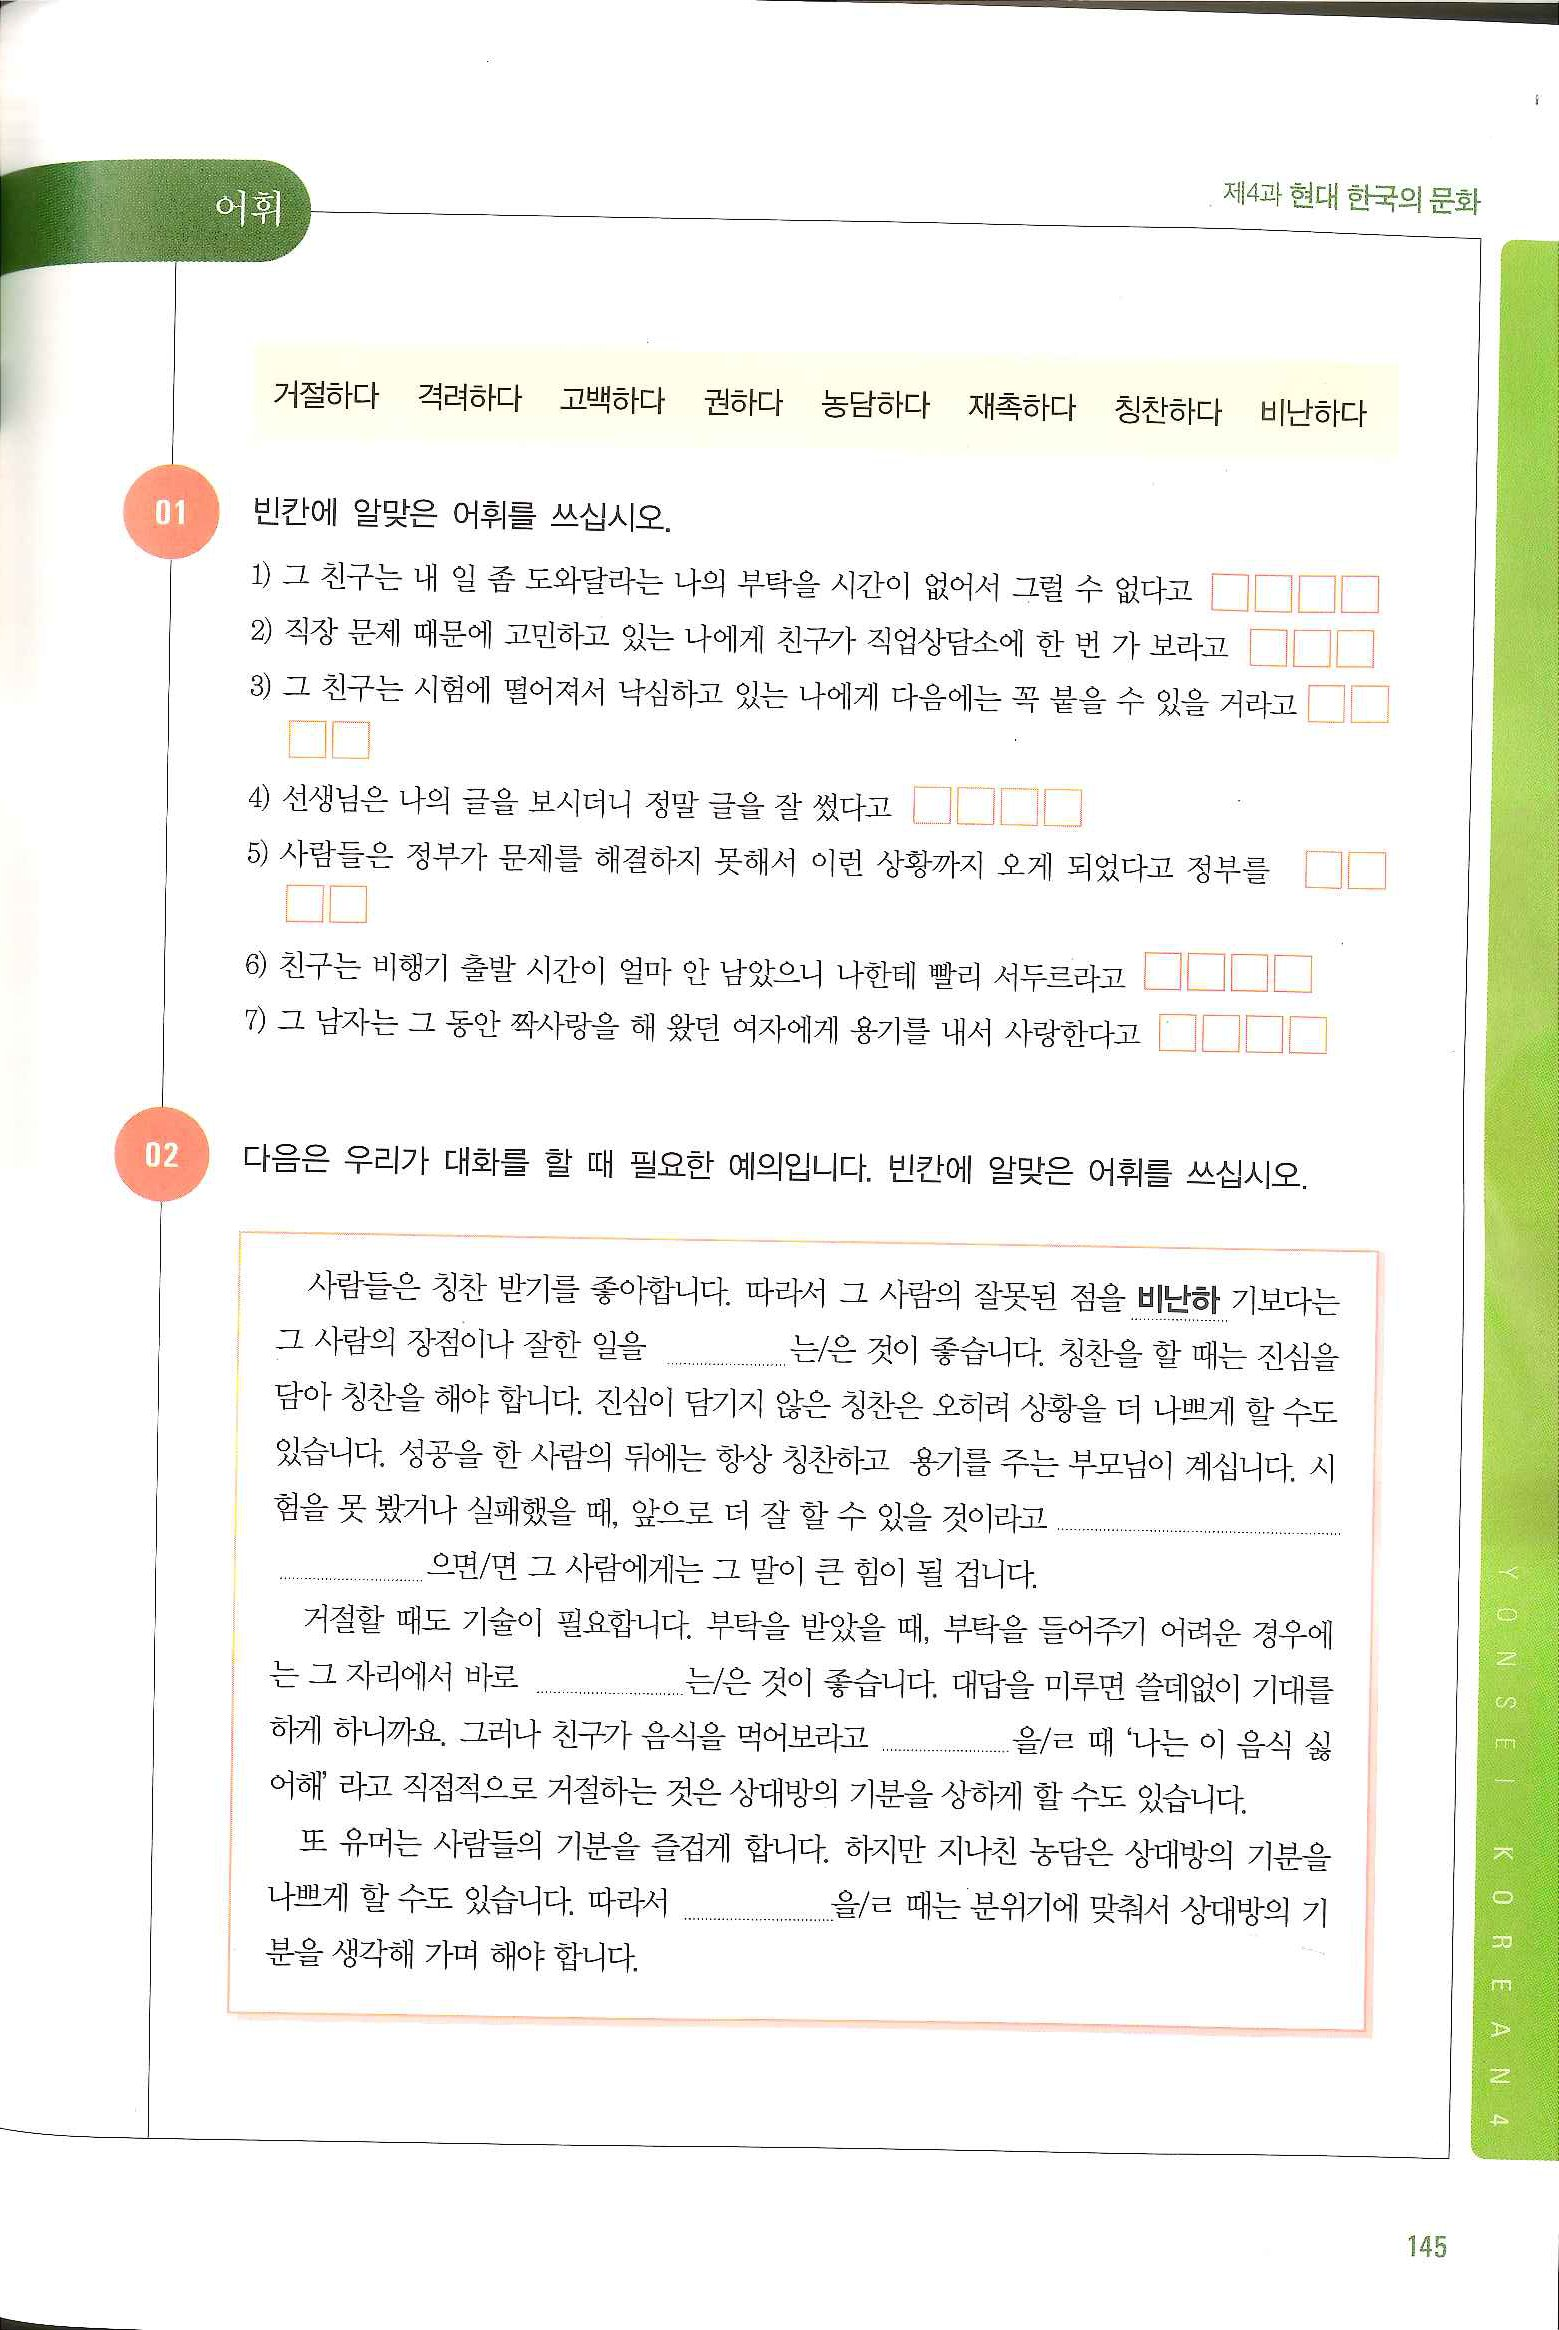
Language: ko